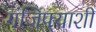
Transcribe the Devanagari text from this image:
गंजिफ्याशी